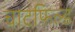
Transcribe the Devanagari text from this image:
चाटफिल्ड